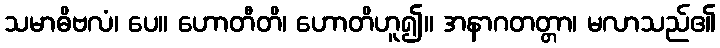
သမာဓိဗလံ၊ ပေ။ ဟောတီတိ၊ ဟောတိဟူ၍။ အနာဂတတ္တာ၊ မလာသည်၏